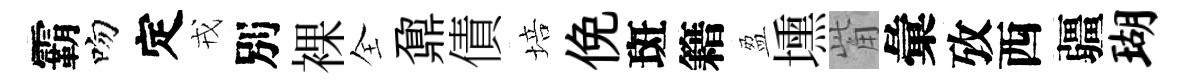
霸吻定戎別裸全鼐債培俛斑籍盈壎觜彙攷西疆瑚